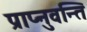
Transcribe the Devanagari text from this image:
प्राप्नुवन्ति